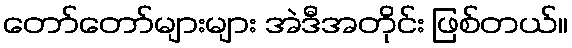
တော်တော်များများ အဲဒီအတိုင်း ဖြစ်တယ်။